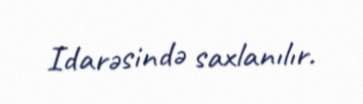
Idarəsində saxlanılır.